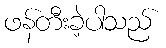
ဖန်တီးခဲ့ပါသည်